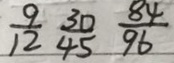
\frac { 9 } { 1 2 } \frac { 3 0 } { 4 5 } \frac { 8 4 } { 9 6 }